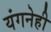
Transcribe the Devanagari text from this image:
यंगनेही